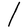
Character: l